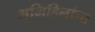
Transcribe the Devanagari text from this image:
भूमिहिनांचा